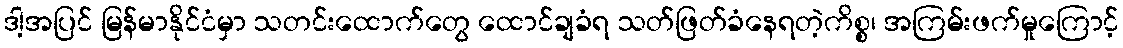
ဒါ့အပြင် မြန်မာနိုင်ငံမှာ သတင်းထောက်တွေ ထောင်ချခံရ သတ်ဖြတ်ခံနေရတဲ့ကိစ္စ၊ အကြမ်းဖက်မှုကြောင့်